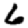
Digit: 6